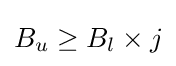
B_{u}\geq B_{l}\times j